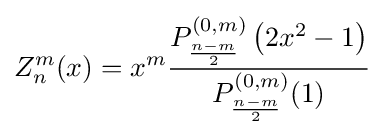
Z_{n}^{m}(x)=x^{m}{\frac {P_{\frac {n-m}{2}}^{(0,m)}\left(2x^{2}-1\right)}{P_{\frac {n-m}{2}}^{(0,m)}(1)}}